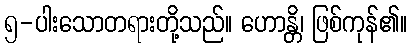
၅-ပါးသောတရားတို့သည်။ ဟောန္တိ၊ ဖြစ်ကုန်၏။